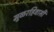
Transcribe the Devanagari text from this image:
मुळरहिवासी